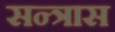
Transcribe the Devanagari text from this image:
सन्त्रास